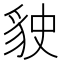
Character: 𧲬